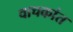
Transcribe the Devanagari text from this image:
वाचकांत